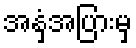
အနှံ့အပြားမှ